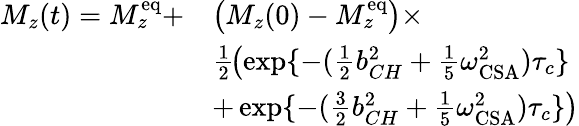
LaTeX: \begin{array}{rl}{M_{z}(t)=M_{z}^{\mathrm{eq}}+}&{\left(M_{z}(0)-M_{z}^{\mathrm{eq}}\right)\times}\\ &{\frac{1}{2}\! \left(\exp\{ -(\frac{1}{2}b_{CH}^{2}+\frac{1}{5}\omega_{\mathrm{CSA}}^{2})\tau_{c}\} \right.}\\ &{+\left.\exp\{ -(\frac{3}{2}b_{CH}^{2}+\frac{1}{5}\omega_{\mathrm{CSA}}^{2})\tau_{c}\} \right)}\end{array}